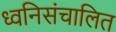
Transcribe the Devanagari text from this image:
ध्वनिसंचालित